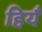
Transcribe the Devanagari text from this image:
हियँ